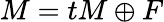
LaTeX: M=tM\oplus F